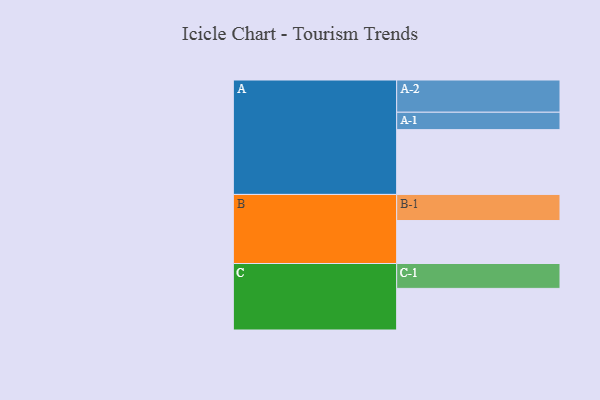
{"axis": {"x": "Segment", "y": "Value"}, "legend": ["", "A", "B", "C"], "data": [{"x": "A", "y": 573, "type": ""}, {"x": "B", "y": 380, "type": ""}, {"x": "C", "y": 368, "type": ""}, {"x": "A-1", "y": 154, "type": "A"}, {"x": "A-2", "y": 285, "type": "A"}, {"x": "B-1", "y": 231, "type": "B"}, {"x": "C-1", "y": 220, "type": "C"}]}